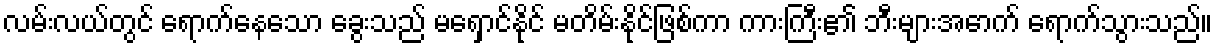
လမ်းလယ်တွင် ရောက်နေသော ခွေးသည် မရှောင်နိုင် မတိမ်းနိုင်ဖြစ်ကာ ကားကြီး၏ ဘီးများအောက် ရောက်သွားသည်။